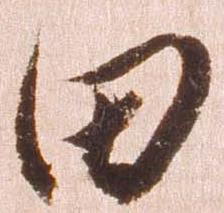
田